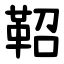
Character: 鞀